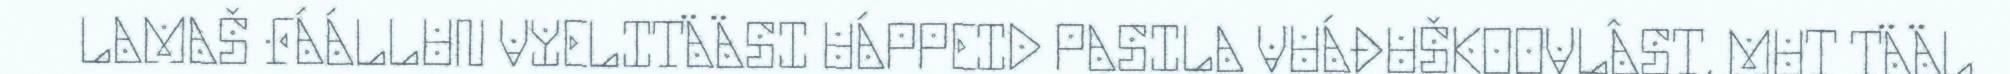
LAMAŠ FÁÁLLUN VYELITÄÄSI UÁPPEID PASILA VUÁĐUŠKOOVLÂST, MUT TÄÄL